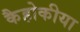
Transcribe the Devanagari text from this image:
कैहोकीया